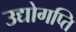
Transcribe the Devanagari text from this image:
उद्योगप्ति